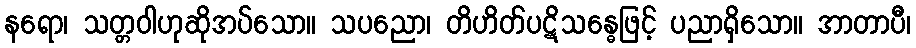
နရော၊ သတ္တဝါဟုဆိုအပ်သော။ သပညော၊ တိဟိတ်ပဋိသန္ဓေဖြင့် ပညာရှိသော။ အာတာပီ၊